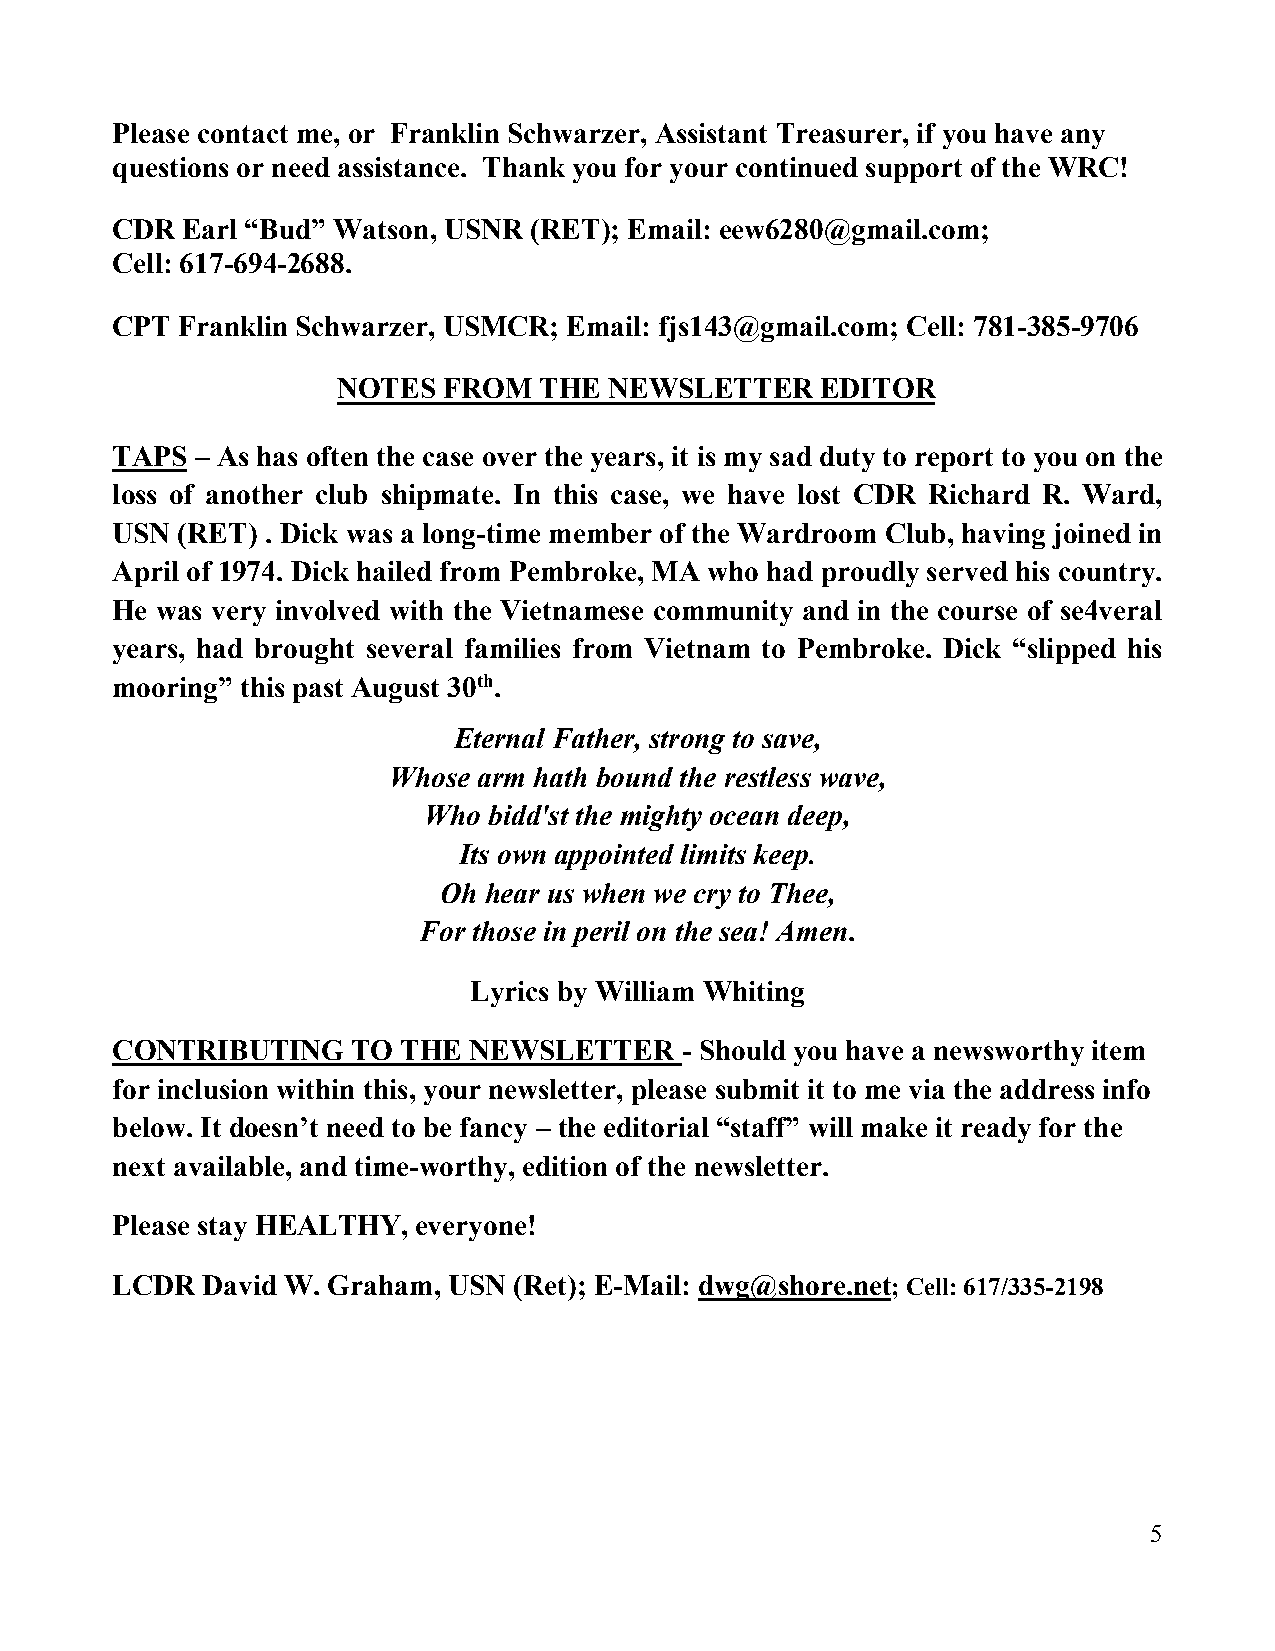
Please contact me, or Franklin Schwarzer, Assistant Treasurer, if you have any
 questions or need assistance. Thank you for your continued support of the WRC!
 CDR  Earl “Bud” Watson, USNR (RET); Email: eew6280@gmail.com;
 Cell: 617-694-2688.
 CPT  Franklin Schwarzer, USMCR; Email: fjs143@gmail.com; Cell: 781-385-9706
 NOTES  FROM   THE NEWSLETTER    EDITOR
 TAPS  – As has often the case over the years, it is my sad duty to report to you on the
 loss of another club shipmate. In this case, we have lost CDR Richard R. Ward,
 USN  (RET) . Dick was a long-time member of the Wardroom Club, having joined in
 April of 1974. Dick hailed from Pembroke, MA who had proudly served his country.
 He was very involved with the Vietnamese community and in the course of se4veral
 years, had brought several families from Vietnam to Pembroke. Dick “slipped his
 mooring” this past August 30th.
 Eternal Father, strong to save,
 Whose arm hath bound the restless wave,
 Who bidd'st the mighty ocean deep,
 Its own appointed limits keep.
 Oh hear us when we cry to Thee,
 For those in peril on the sea! Amen.
 Lyrics by William Whiting
 CONTRIBUTING    TO  THE NEWSLETTER    - Should you have a newsworthy item
 for inclusion within this, your newsletter, please submit it to me via the address info
 below. It doesn’t need to be fancy – the editorial “staff” will make it ready for the
 next available, and time-worthy, edition of the newsletter.
 Please stay HEALTHY, everyone!
 LCDR  David W. Graham, USN (Ret); E-Mail: dwg@shore.net; Cell: 617/335-2198
 5